Vital statistics of India. Vol. V, Reports of 1876 on armies & jails and on epidemic cholera
Year: 1876
Disease focus: Cholera
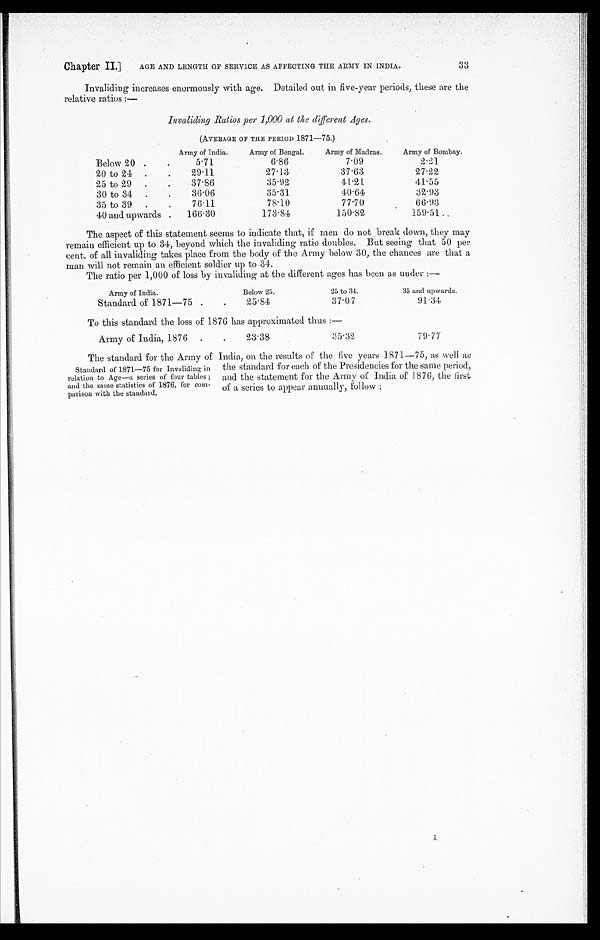
Chapter II.] AGE AND LENGTH OF SERVICE AS AFFECTING THE ARMY IN INDIA.
Invaliding increases enormously with age. Detailed out in five-year periods, these are the
relative ratios:—
Invaliding Ratios per 1,000 at the different Ages.
( A V E R A G E O F T H E P E R I O D 1 8 7 1 — 7 5 . )
Army of India.
Army of Bengal.
Army of Madras.
Army of Bombay.
Below 20
5.71
6.86
7.09
2.21
20 to 24
29.11
27.13
37.63
27.22
25 to 29
37.86
35.92
41.21
41.55
30 to 34
36.06
35.31
40.64
32.93
35 to 39
76.11
78.10
77.70
66.93
40 and upwards
166.30
173.84
150.82
159. 51
The aspect of this statement seems to indicate that, if men do not break down, they may
remain efficient up to 34, beyond which the invaliding ratio doubles. But seeing that 50 per
cent. of all invaliding takes place from the body of the Army below 30, the chances are that a
man will not remain an efficient soldier up to 34.
The ratio per 1,000 of loss by invaliding at the different ages has been as under:—
Army of India.
Below 25.
25 to 34.
35 and upwards.
Standard of 1871—75
25.84
37.07
91.34
To this standard the loss of 1876 has approximated thus:—
Army of India, 1876
23.38
3 5 . 3 2
79.77
Standard of 1871—75 for Invaliding in
relation to Age—a series of four tables;
and the same statistics of 1876, for co
m - p a r i s o n w i t h t h e s t a n d a r d .
T h e s t a n d a r d f o r t h e A r m y o f I n d i a , o n t h e r e s u l t s o f t h e f i v e y e a r s 1 8 7 1 — 7 5 , a s w e l l a s t h e s t a n d a r d f o r e a c h o f t h e P r e s i d e n c i e s f o r s a m e p e r i o d , a n d t h e s t a t e m e n t f o r t h e A r m y o f I n d i a o f 1 8 7 6 , t h e f i r s t o f a s e r i e s t o a p p e a r a n n u a l l y , f o l l o w : —
33